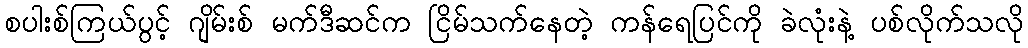
စပါးစ်ကြယ်ပွင့် ဂျိမ်းစ် မက်ဒီဆင်က ငြိမ်သက်နေတဲ့ ကန်ရေပြင်ကို ခဲလုံးနဲ့ ပစ်လိုက်သလို